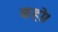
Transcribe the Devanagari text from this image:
कहो।